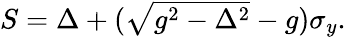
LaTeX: \begin{array}{r}{S=\Delta+(\sqrt{g^{2}-\Delta^{2}}-g)\sigma_{y}.}\end{array}